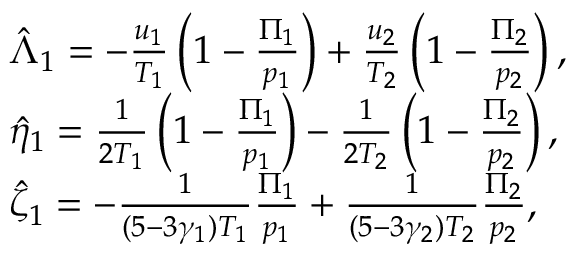
\begin{array} { r l } & { \hat { \Lambda } _ { 1 } = - \frac { u _ { 1 } } { T _ { 1 } } \left( 1 - \frac { \Pi _ { 1 } } { p _ { 1 } } \right) + \frac { u _ { 2 } } { T _ { 2 } } \left( 1 - \frac { \Pi _ { 2 } } { p _ { 2 } } \right) , } \\ & { \hat { \eta } _ { 1 } = \frac { 1 } { 2 T _ { 1 } } \left( 1 - \frac { \Pi _ { 1 } } { p _ { 1 } } \right) - \frac { 1 } { 2 T _ { 2 } } \left( 1 - \frac { \Pi _ { 2 } } { p _ { 2 } } \right) , } \\ & { \hat { \zeta } _ { 1 } = - \frac { 1 } { ( 5 - 3 \gamma _ { 1 } ) T _ { 1 } } \frac { \Pi _ { 1 } } { p _ { 1 } } + \frac { 1 } { ( 5 - 3 \gamma _ { 2 } ) T _ { 2 } } \frac { \Pi _ { 2 } } { p _ { 2 } } , } \end{array}